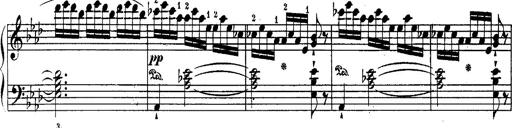
Title: Schubert's Impromptus [revised and edited by Franz Liszt]
Composer: Franz Liszt